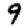
Digit: 9